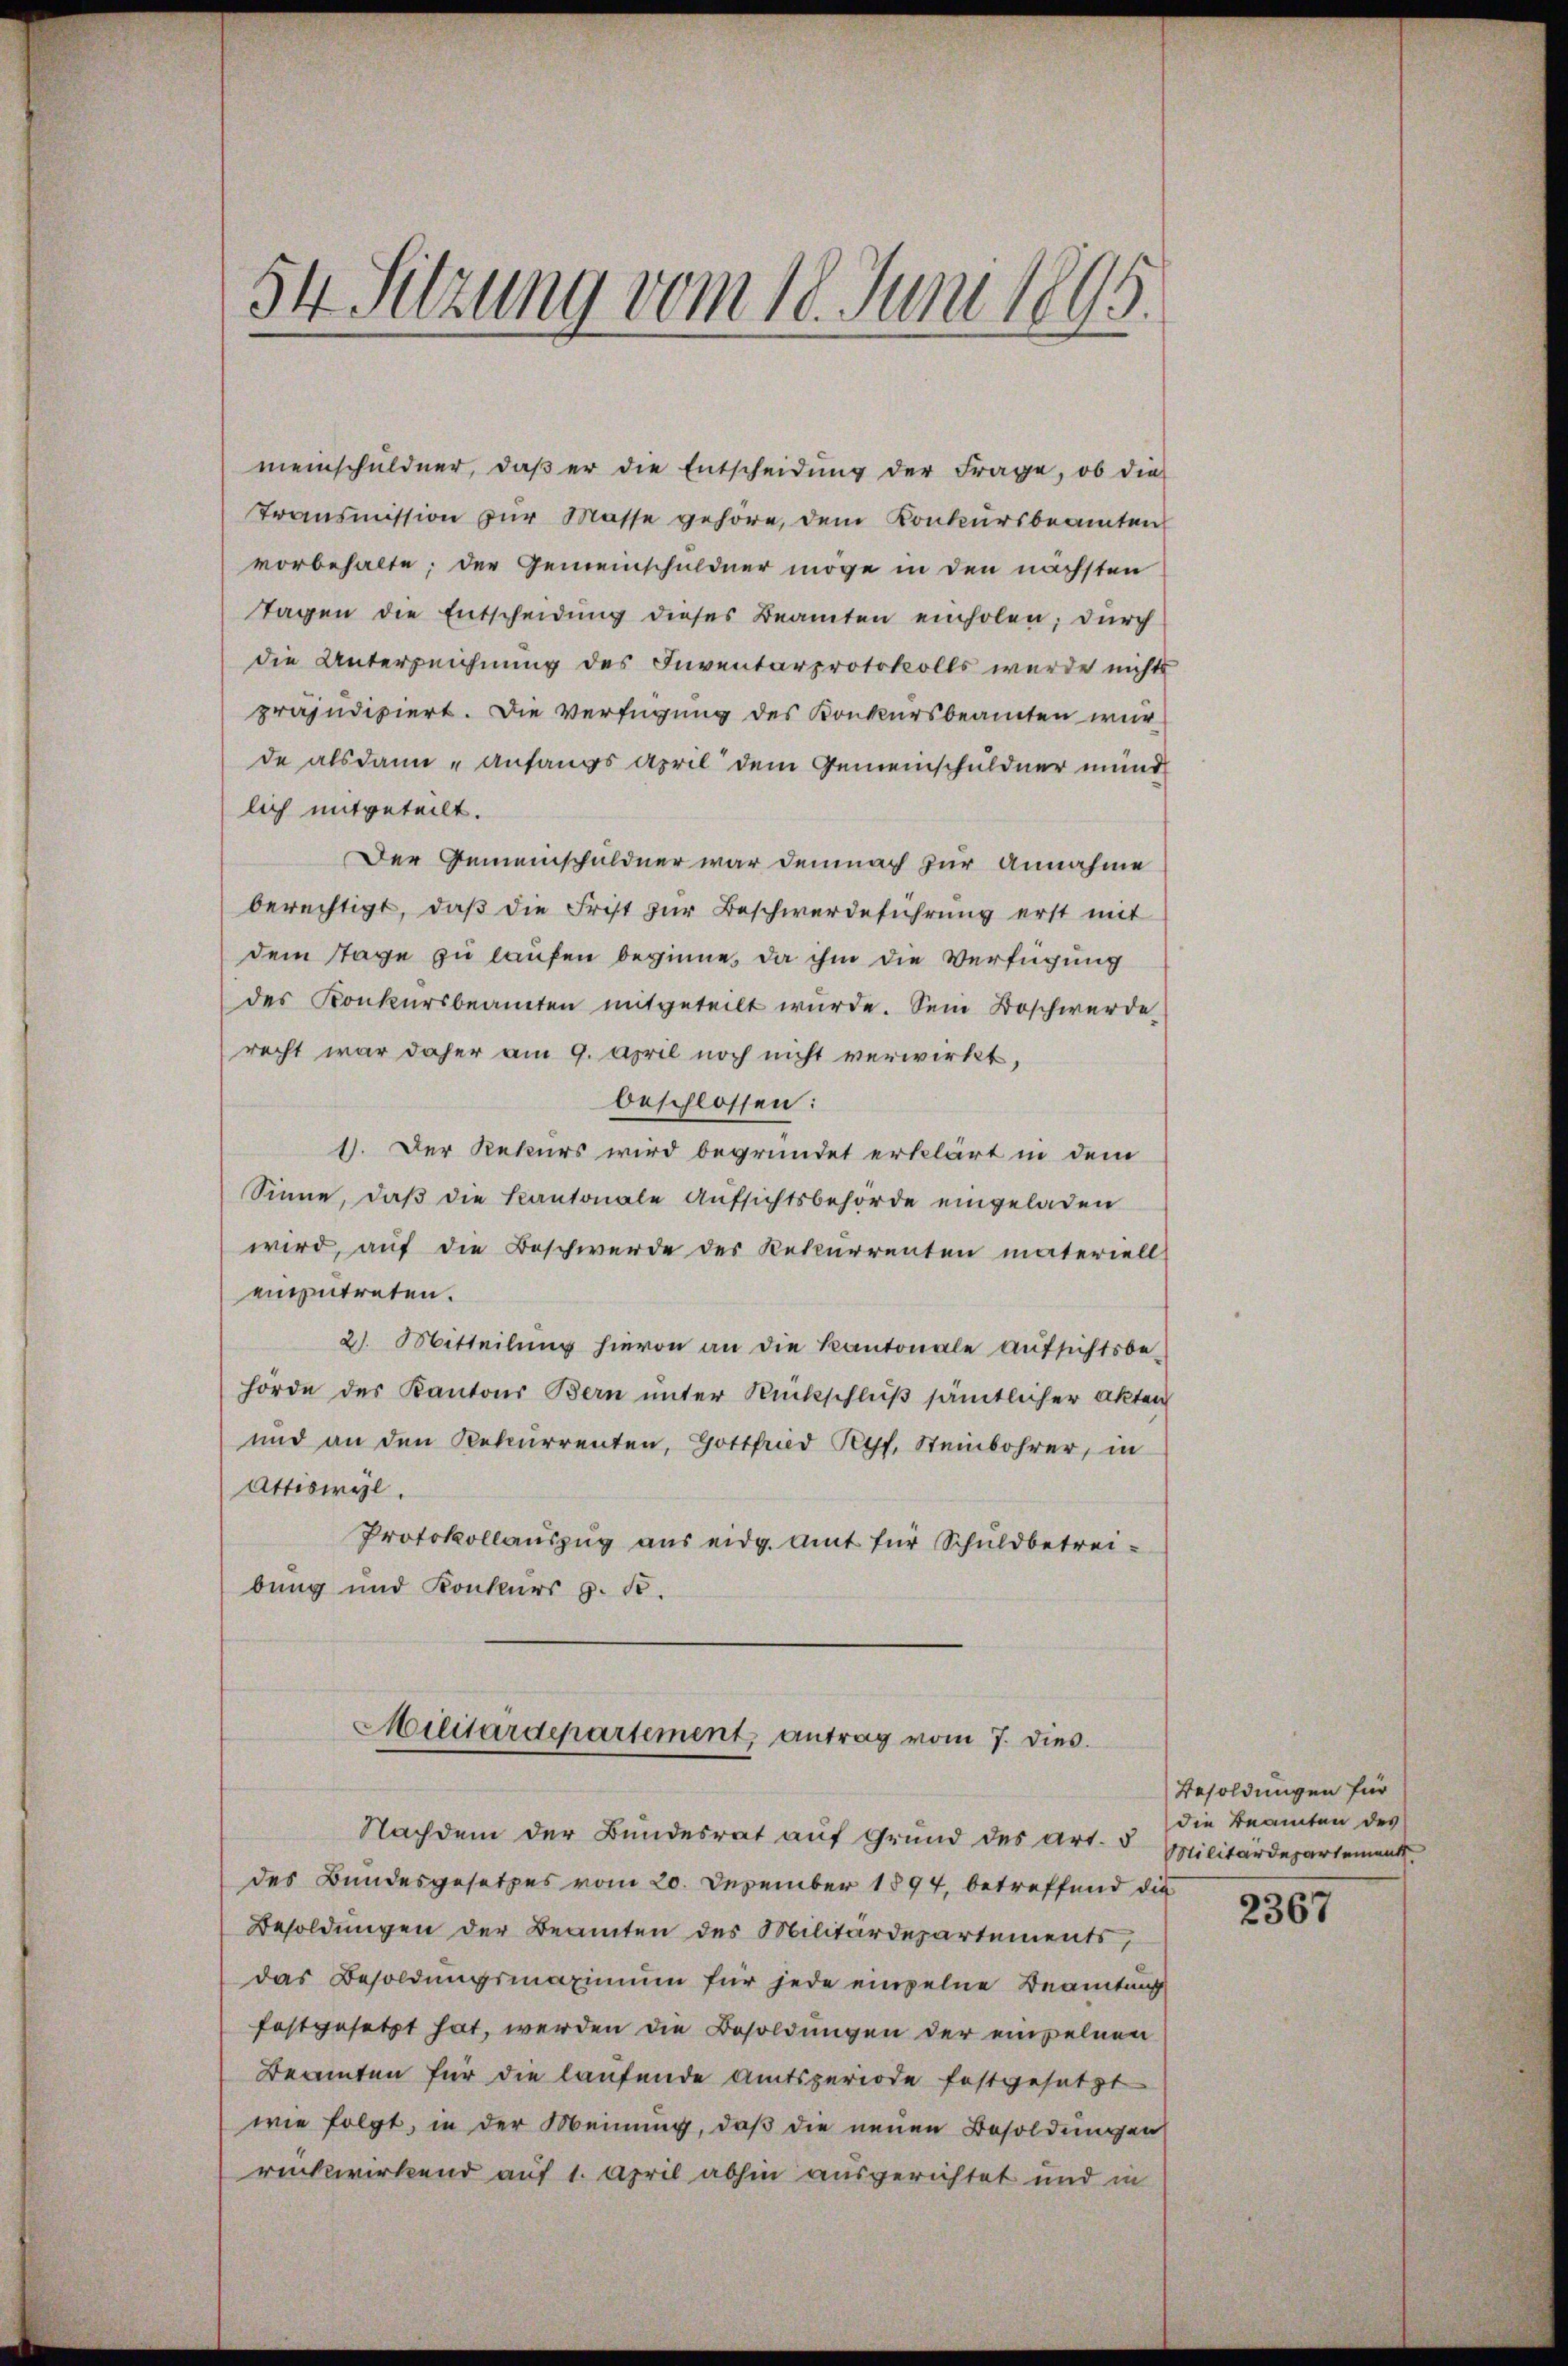
54 Sitzung vom 18. Juni 1895.

meinschuldner, daβ er die Entscheidŭng der Frage, ob die
Transmission zur Masse gehöre, dem Konkursbeamten
vorbehalte; der Gemeinschuldner möge in den nächsten
Tagen die Entscheidung dieses Beamten einholen; durch
die Unterzeichnung des Inventarprotokolls wurde nichts
präjudiziert. Die Verfügung des Konkursbeamten wurde alsdann „Anfangs April dem Gemeinschuldner mund
lich mitgeteilt.
Der Gemeinschuldner war demnach zur Annahme
berechtigt, daß die Frist zur Beschwerdeführung erst mit
dem Tage zu laufen beginne, da ihm die Verfügung
des Konkursbeamten mitgeteilt wurde. Sein Beschwerde
recht war daher am 9. April noch nicht verwirkt,
beschlossen:
1). Der Rekurs wird begründet erklärt in dem
Sinne, daß die Kantonale Aufsichtsbehörde eingeladen
wird, auf die Beschwerde des Rekurrenten materiell
einzutreten.
2). Mitteilŭng hievon an die Kantonale aŭfsichtsbe-
hörde des Kantons Bern unter Rückschluß sämtlicher Akten
und an den Rekurrenten, Gottfried Pyf, Steinbohrer, in
Attiswyl
Protokollauszug aus eidg. Amt für Schuldbetreibung und Konkurs p. 1.
Militärdepartement antrag vom 7. dies.
Nachdem der Bundesrat auf Grund des Art. 5
des Bundesgesetzes vom 20. Dezember 1894, betreffend die
Besoldungen der Beamten des Militärdepartements,
das Besoldungsmaximum für jede einzelne Beamtung
festgesetzt hat, werden die Besoldungen der einzelnen
Berenten für die laufende Amtsperiode festgesetzt
wie folgt, in der Meinung, daß die neuen Besoldungen
rückwirkend auf 1. April abhin ausgerichtet und in

Besoldungen für
die Beamten des
Militärdepartement

2367